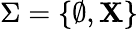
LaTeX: \Sigma=\{ \emptyset,\mathbf{X}\}